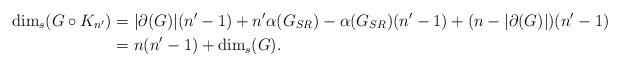
LaTeX: \begin{align*}\dim_s(G\circ K_{n'})&=|\partial(G)| (n'-1) +n'\alpha(G_{SR})-\alpha(G_{SR})(n'-1)+ (n-|\partial(G)|) (n'-1)\\&=n(n'-1)+\dim_s(G).\end{align*}